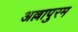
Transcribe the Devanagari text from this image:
अल्लापुरम